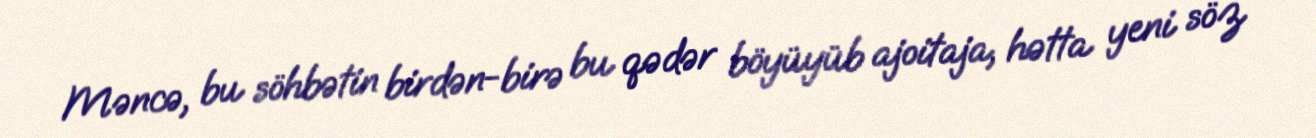
Məncə, bu söhbətin birdən-birə bu qədər böyüyüb ajoitaja, hətta yeni söz